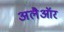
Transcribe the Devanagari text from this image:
अलैऑर